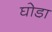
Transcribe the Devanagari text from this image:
घोडा़